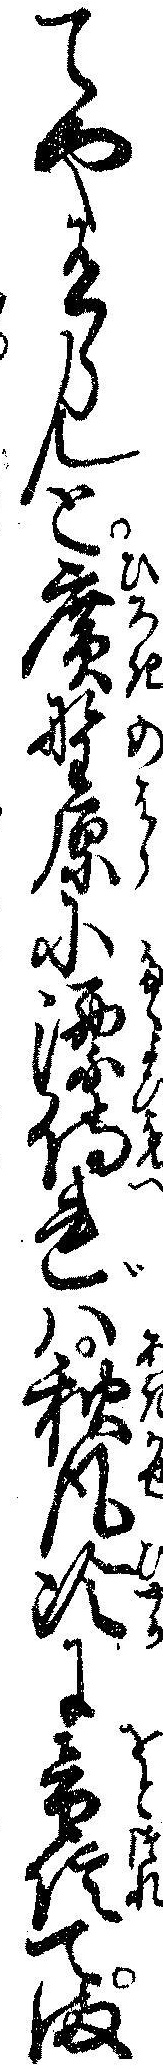
てや有らんと広野原に漂侍れハ秋風冷に音信てま